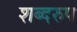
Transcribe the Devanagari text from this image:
शब्दरुप